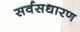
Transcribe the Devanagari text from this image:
सर्वसधारण